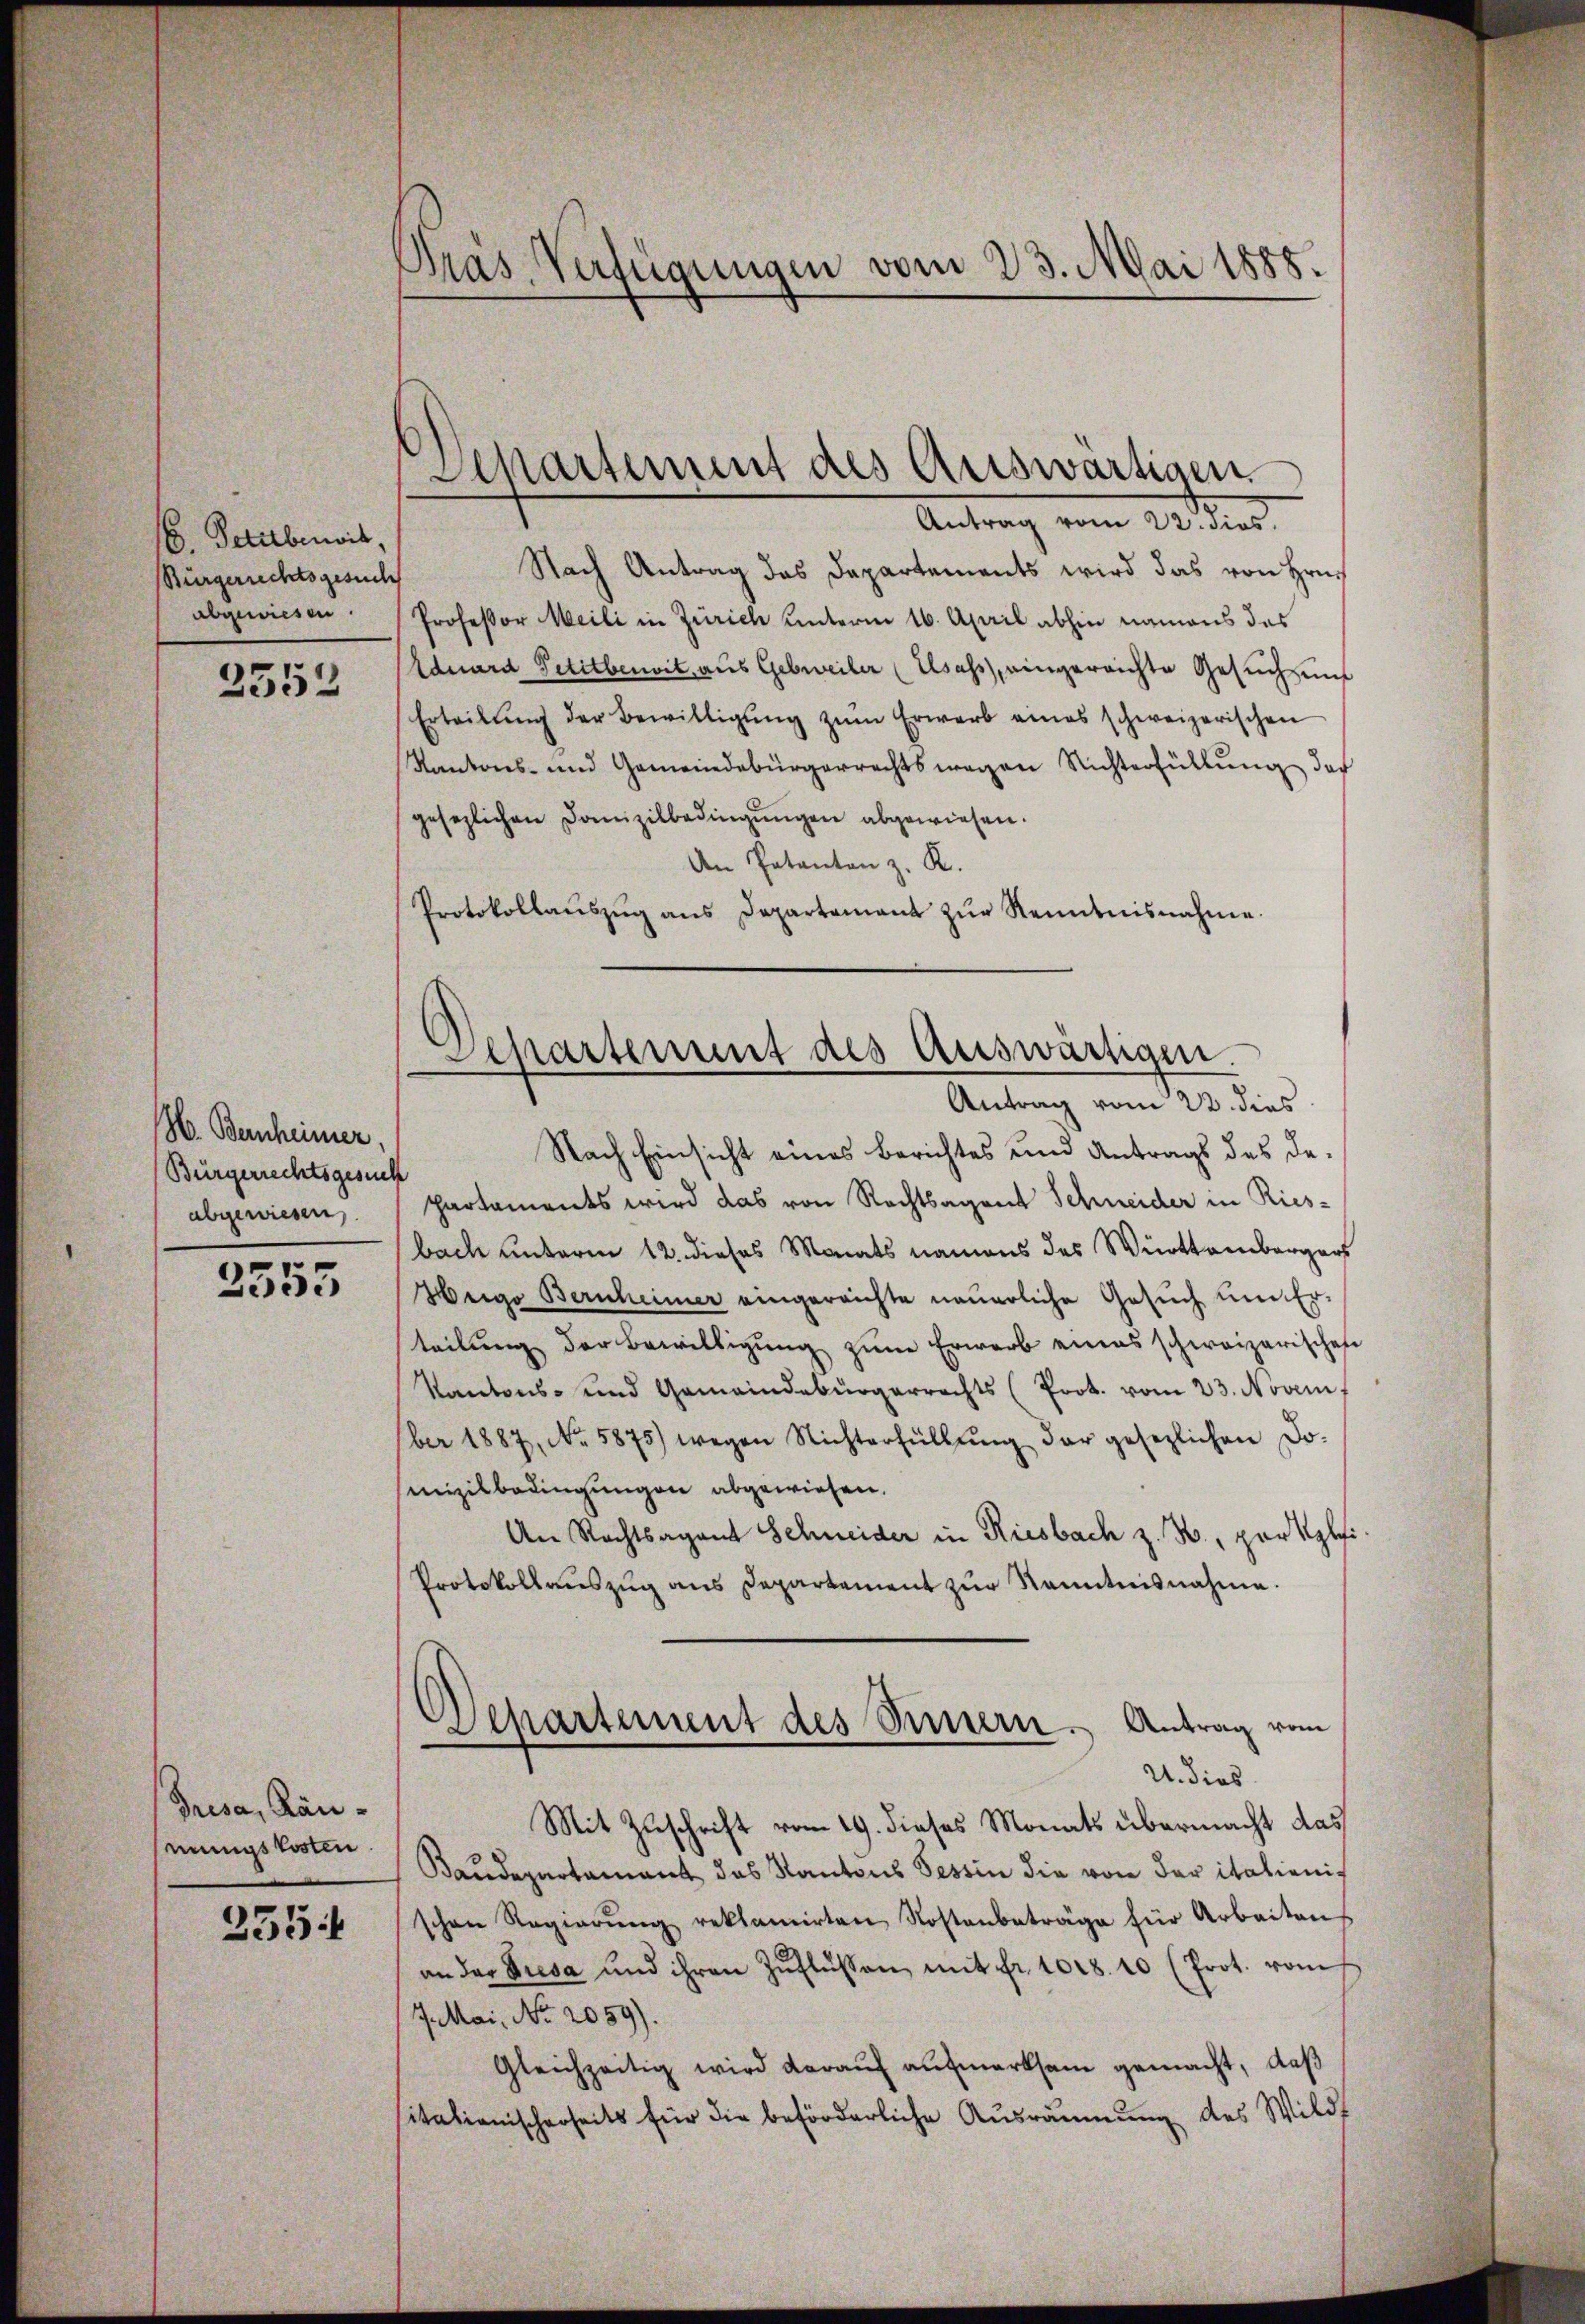
6. Petarbeit,
Bürgerrechtsgesuch
abgewiesen.

2552

H. Bernheimer,
Bürgerrechtsgesuch
abgewiesen,

2555

Grisa, Raueinnigs kosten

355

Pras Verfügungen vom 23. Mai 1885.

Apartement des Auswärtigen.
Antrag vom 22. dies

Nach Antrag das Departements wird das von Hrn.
Professor Meili in Zürich unterm 16. April abhin namens des
Eduard Petitberit, aus Gebweiler (Elsass, eingereichte Gesuchung
Erteilŭng der Bewilligŭng zŭm Erwarb eines schweizerischen
Kantons- und Gemeindebürgerrechtswegen Richterfüllŭng des
gesezlichen Domizilbedingŭngen abgewiesen.
An Patenten z. R.
Protokollaŭszŭg ans Departamant zŭr Kenntnisnahme.

Separtement des Auswärtigen.
Antrag vom 22. dies

Nach Einsicht eines Berichtes und Antrags des Departaments wird das von Rechtsagent Schneider in Ries-
bach unterm 12. dieses Monats namens des Württembergers
Heigo Bernheimer eingereichte neuerliche Gesuch und Er-
teilŭng der Bewilligŭng zŭm Erwarb eines schweizerischen
Kantons- und Gemeindebürgerrechts (Prot. vom 23. Novem
ber 1887, No. 5875) wegen Nichterfüllŭng der gesezlichen Do-
mizilbedingungen abgewiesen.
An Rechtsagent Schneider in Riesbach z. B., par Klei¬
Protokollaŭszŭg ans Departement zŭr Kenntnisnahme.
Departement des Innern. Antrag vom
U. dies
Mit Zuschrift vom 19. dieses Monats übermacht das
Baudepartamant das Kantons Tessin die von der italienischen Regierŭng reklamirten Kostenbeträge für Arbeiten
an das Presa und ihren Zŭflüssen mit fr. 1018. 10 (Prot. vom
J. Mai, No 2059).
Gleichzeitig wird darauf aufmerksam gemacht, daß
sitationischerheits für die beförderliche Ausräumung des Wildf